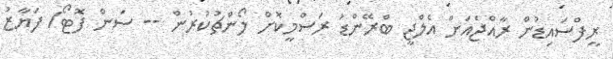
ރީފްސައިޑުން ރާއްޖެއަށް އެލްޖީ ބްރޭންޑު ރަސްމީކޮށް ލޯންޗުކުރުން -- ސަން ފޮޓޯ/ ފަޔާޒު